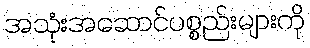
အသုံးအဆောင်ပစ္စည်းများကို